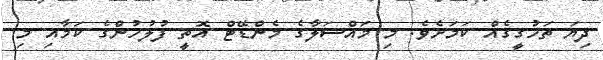
ދިޔަ ތަހުގީގެއް ކަމަށެވެ. މި މައްސަލާގެ މެންޑޭޓް އޮތީ ފުލުހުންގެ ކަމާއި މި